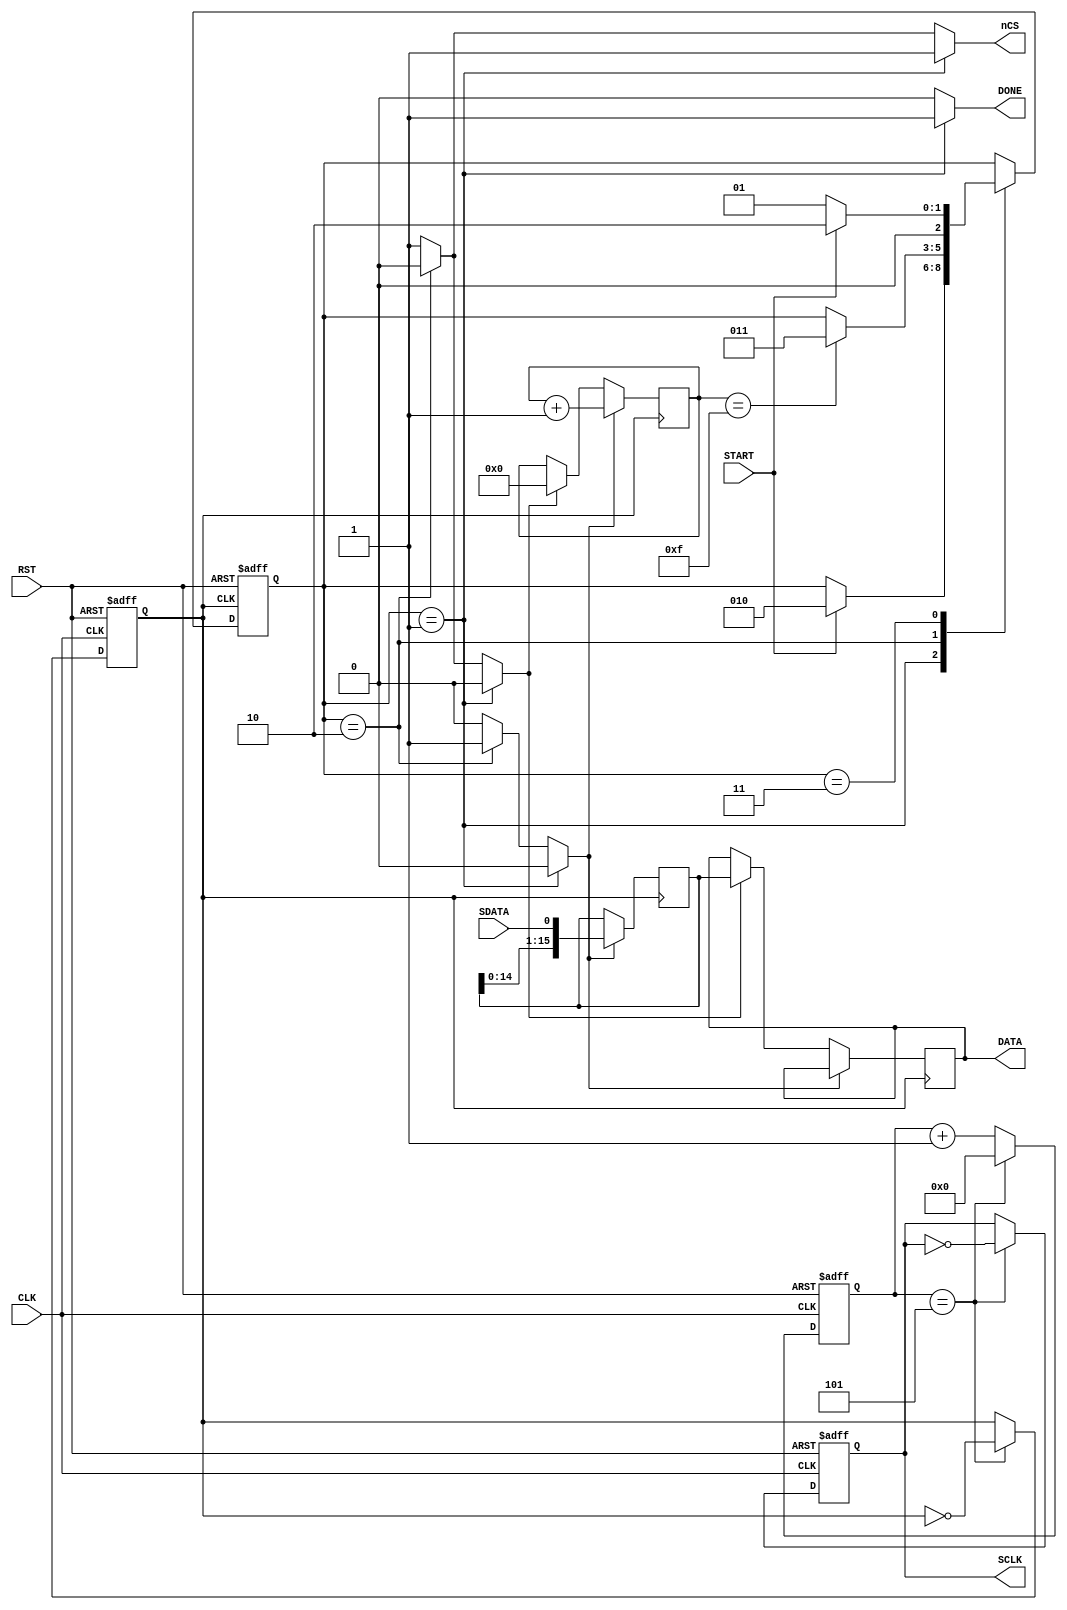
//Created by Higuoxing@outlook.com
//Have fun :)

`timescale 1ns / 1ps
module SPI_rsvr(
    //General Usage
    input wire CLK,
    input wire RST,
    
    //Pmod Interface
    input wire SDATA,
    output reg SCLK,
    output reg nCS,
    
    //User Interface Signals
    output reg [15:0] DATA,
    input wire START,
    output reg DONE
    );

//--current_state    : exectly current state of SPI_Receiver
//--next_state       : exectly next state
//--temp             : temp data from MIC
//--clk_counter      : clk counter
//--shiftCounter     : count to 15 and set to 0
//--enShiftCounter   : to enable data shift in
//--enParalelLoad    : to enable data to load on data register

    reg [2:0] current_state;
    reg [2:0] next_state;
    reg [15:0] temp;
    reg clk_div;
    reg [31:0] clk_counter;
    reg [3:0] shiftCounter;
    reg enShiftCounter;
    reg enParalelLoad;
    
    initial begin
        current_state <= 1;
        clk_counter <= 0;
        DATA <= 0;
    end
    
    //clk divider
    parameter max_clk_cnt = 5;
    
    always @ (posedge(CLK) or posedge(RST)) begin
        if (RST) begin
            clk_counter <= 0;
            clk_div <= 0;
            SCLK <= 0;
            //DATA <= 0;
        end
        else if (clk_counter == max_clk_cnt) begin
            clk_counter <= 0;
            SCLK <= ~ SCLK;
            clk_div <= ~ clk_div;
        end
        else clk_counter <= clk_counter + 1;
    end
    
    //data counter
    always @ (posedge(clk_div)) begin
        if (enShiftCounter == 1) begin
            temp <= {temp[14:0], SDATA};           //sdata shift in and temp shift left
            shiftCounter <= shiftCounter + 1;     //shift counter plus 1
        end
        else if (enParalelLoad) begin
            shiftCounter <= 0;
            DATA <= temp;                   //pass [11:0] effective bits to DATA
        end
    end
    
    //SYNC_PROC
    always @ (posedge(clk_div) or posedge(RST)) begin
        if (RST) begin
            current_state <= 1;    //current <= `Idle
        end
        else current_state <= next_state;
    end
    
    //state decoder
    always @ (*) begin
        if (current_state == 1) begin
            enShiftCounter <= 0;
            DONE <= 1;
            nCS <= 1;
            enParalelLoad <= 0;
        end
        else if (current_state == 2) begin
            enShiftCounter <= 1;
            DONE <= 0;
            nCS <= 0;               //when nCS is low, data could be transfered
            enParalelLoad <= 0;
        end
        else begin //SyncData
            enShiftCounter <= 0;
            DONE <= 0;
            nCS <= 1;
            enParalelLoad <= 1;
        end
    end
    
    //1: IDLE
    //2: DATA SHIFT IN
    //3: LOAD DATA
    //FSM Schematics
    //   
    //
    //
    //      IDLE ------>  DATA_SHIFT_IN ---------> LOAD_DATA
    //                          ^                     |
    //                          |_____________________|
    //
	
    always @ (*) begin  //posedge(clk_div)
        case (current_state)
            1: begin
                if (START) begin
                    next_state <= 2;
                end
                else next_state <= current_state;
            end
            2: begin
                if (shiftCounter == 15) begin
                    next_state <= 3;
                end
                else next_state <= current_state;
            end
            3: begin
                if (START == 0) begin
                    next_state <= 1;
                end
                else next_state <= 2;
            end
            default :
                next_state <= current_state;
        endcase
    end
endmodule